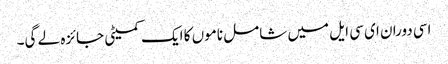
اسی دوران ای سی ایل میں شامل ناموں کا ایک کمیٹی جائزہ لے گی۔